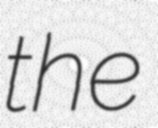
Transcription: the